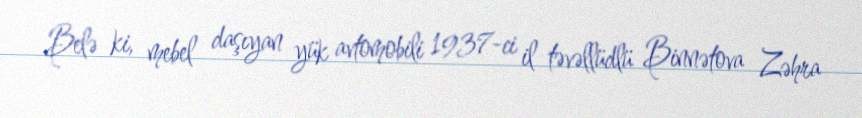
Belə ki, mebel daşıyan yük avtomobili 1937-ci il təvəllüdlü Binnətova Zəhra